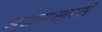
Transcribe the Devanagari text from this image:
अक्षरासारखे